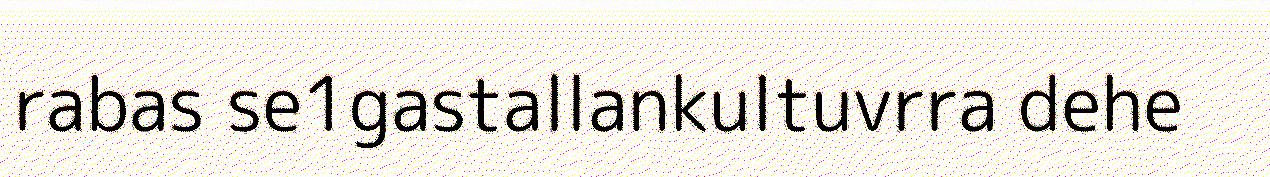
rabas se1gastallankultuvrra dehe